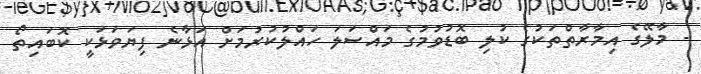
- މާލޭގެ އިމާރާތްތަކުގެ ކުލި ބޮޑުވުމުގެ މައްސަލަ ހައްލުކުރުމަށް އަޅާނެ ފިޔަވަޅަކީ ކޮބައިތޯ